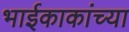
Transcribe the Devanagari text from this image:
भाईकाकांच्या